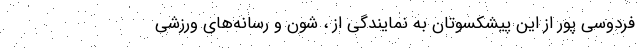
فردوسی پور از این پیشکسوتان به نمایندگی از ، شون و رسانه‌های ورزشی